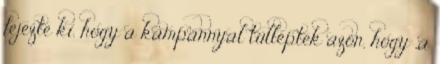
fejezte ki, hogy a kampánnyal túlléptek azon, hogy „a